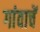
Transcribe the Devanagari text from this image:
गांवाचें